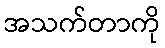
အသက်တာကို